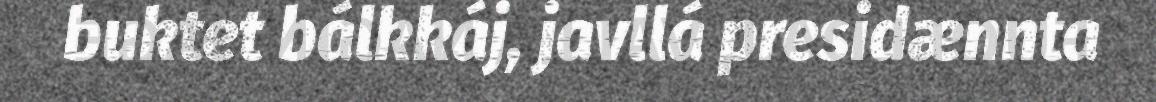
buktet bálkkáj, javllá presidænnta